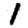
Digit: 1